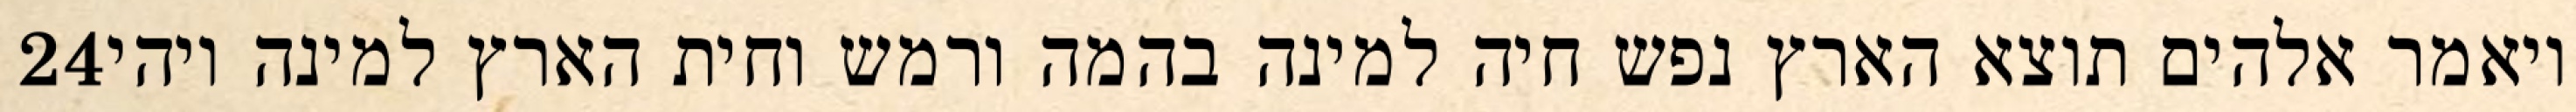
‎24‏ ויאמר אלהים תוצא הארץ נפש חיה למינה בהמה ורמש וחית הארץ למינה ויהי